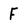
Character: F